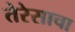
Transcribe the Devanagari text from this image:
तेरेसाचा